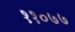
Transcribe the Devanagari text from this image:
११०७७